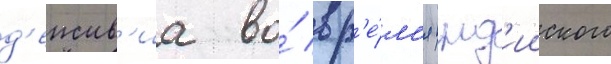
д'еиств'иа во́ вр'е́м'я инд'ииского